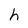
Character: h